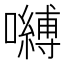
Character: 嚩